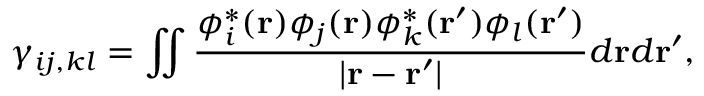
{ \displaystyle \gamma _ { i j , k l } = \iint \frac { \phi _ { i } ^ { * } ( { \bf r } ) \phi _ { j } ( { \bf r } ) \phi _ { k } ^ { * } ( { \bf r ^ { \prime } } ) \phi _ { l } ( { \bf r ^ { \prime } } ) } { \vert { \bf r - r ^ { \prime } } \vert } d { \bf r } d { \bf r ^ { \prime } } } ,